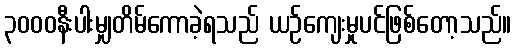
၃၀၀၀နီးပါးမျှတိမ်ကောခဲ့ရသည် ယဉ်ကျေးမှုပင်ဖြစ်တော့သည်။